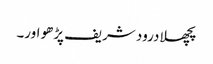
پچھلا درود شریف پڑھو اور۔